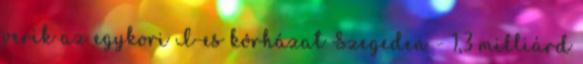
verik az egykori I-es kórházat Szegeden - 1,3 milliárd